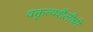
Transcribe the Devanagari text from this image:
वक्तृत्वशैलीची